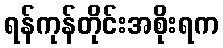
ရန်ကုန်တိုင်းအစိုးရက